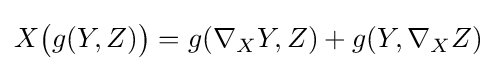
X{\bigl (}g(Y,Z){\bigr )}=g(\nabla _{X}Y,Z)+g(Y,\nabla _{X}Z)